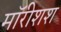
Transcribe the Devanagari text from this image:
मॉरीशश